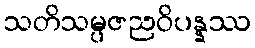
သတိသမ္ပဇညဝိပန္နဿ